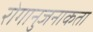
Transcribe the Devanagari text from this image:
रोगानुजनाकता